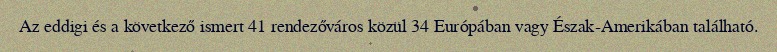
Az eddigi és a következő ismert 41 rendezőváros közül 34 Európában vagy Észak-Amerikában található.